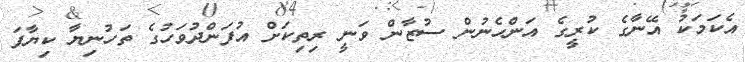
އެކަމަކު އޭނާގެ ކުރީގެ އަންހެނުން ސުޒާން ވަނީ ރިތިކަށް އުފަންދުވަހުގެ ތަހުނިޔާ ކިޔާފަ